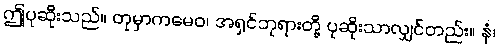
ဤပုဆိုးသည်။ တုမှာကမေဝ၊ အရှင်ဘုရားတို့ ပုဆိုးသာလျှင်တည်း။ နံ၊